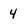
Character: 4